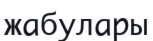
жабулары